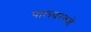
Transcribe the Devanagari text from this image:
पालघरकडे